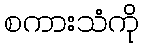
စကားသံကို